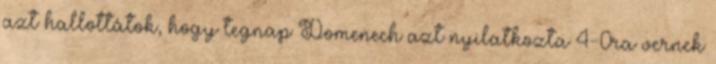
azt hallottátok, hogy tegnap Domenech azt nyilatkozta 4-0ra vernek